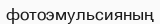
фотоэмульсияның